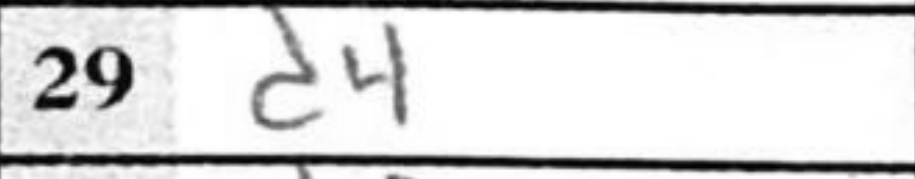
Transcription: d4